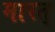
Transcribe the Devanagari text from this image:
मारत्